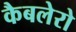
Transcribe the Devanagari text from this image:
कैबलेरो